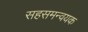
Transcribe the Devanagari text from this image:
सहसमन्वयक